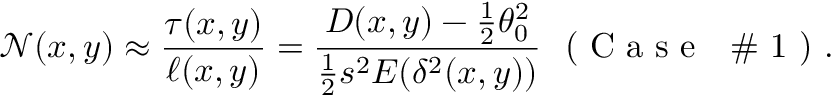
\mathcal { N } ( x , y ) \approx \frac { \tau ( x , y ) } { \ell ( x , y ) } = \frac { D ( x , y ) - \frac { 1 } { 2 } \theta _ { 0 } ^ { 2 } } { \frac { 1 } { 2 } s ^ { 2 } E ( \delta ^ { 2 } ( x , y ) ) } ~ \textrm { ( C a s e ~ \# 1 ) } .